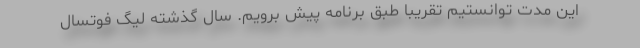
این مدت توانستیم تقریبا طبق برنامه پیش برویم. سال گذشته لیگ فوتسال